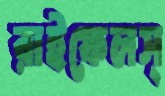
রাইফেলস্